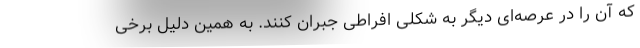
که آن را در عرصه‌ای دیگر به شکلی افراطی جبران کنند. به همین دلیل برخی